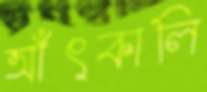
আঁৎকালি